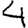
Digit: 4